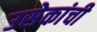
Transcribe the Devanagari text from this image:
उसेकांची